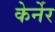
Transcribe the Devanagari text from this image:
केर्नेर